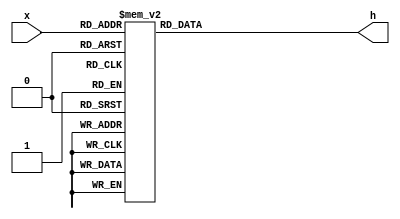
module decoder_hex_16(
							input [3:0] x,
							output reg [0:6] h);
		
		always @(*)
		casex(x)
			4'd0: h=7'b0000001;
			4'd1: h=7'b1001111;
			4'd2: h=7'b0010010;
			4'd3: h=7'b0000110;
			4'd4: h=7'b1001100;
			4'd5: h=7'b0100100;
			4'd6: h=7'b0100000;
			4'd7: h=7'b0001111;
			4'd8: h=7'b0000000;
			4'd9: h=7'b0000100;
			4'd10: h=7'b0001000;
			4'd11: h=7'b1100000;
			4'd12: h=7'b0110001;
			4'd13: h=7'b1000010;
			4'd14: h=7'b0110000;
			4'd15: h=7'b0111000;
			default: h=7'b1111111;
		endcase
		
endmodule